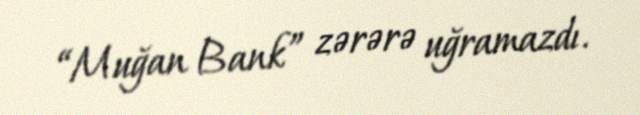
“Muğan Bank” zərərə uğramazdı.